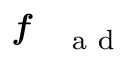
\textbf { \textit { f } } _ { \mathrm { ~ a ~ d ~ } }